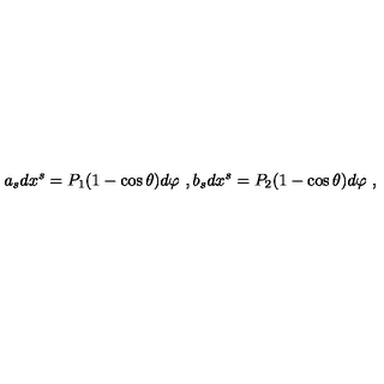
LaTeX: a _ { s } d x ^ { s } = P _ { 1 } ( 1 - \cos \theta ) d \varphi \ , b _ { s } d x ^ { s } = P _ { 2 } ( 1 - \cos \theta ) d \varphi \ ,